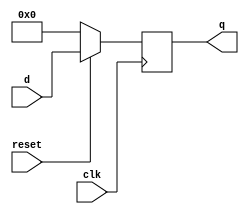
module D_FF_22bit (q, d, clk, reset);

output [22-1:0] q;
input  [22-1:0] d;
input  clk, reset;

reg    [22-1:0] q;

always @ (posedge clk) begin
    if(~reset)
        q <= 1'b0;
    else 
	    q <= d;
end
endmodule